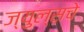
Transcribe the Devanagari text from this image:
ज्युल्सचे